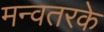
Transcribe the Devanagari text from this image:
मन्वतरके